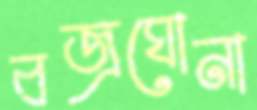
বজ্রঘোনা